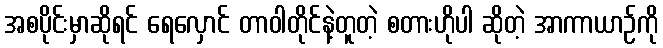
အစပိုင်းမှာဆိုရင် ရေလှောင် တာဝါတိုင်နဲ့တူတဲ့ စတားဟိုပါ ဆိုတဲ့ အာကာယာဉ်ကို